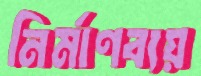
নির্মাণব্যয়